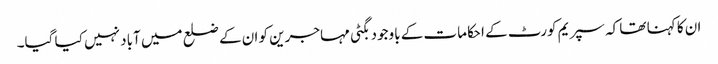
ان کا کہنا تھا کہ سپریم کورٹ کے احکامات کے باوجود بگٹی مہاجرین کو ان کے ضلع میں آباد نہیں کیا گیا۔